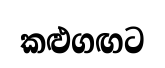
කළුගඟට